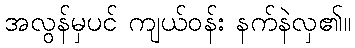
အလွန်မှပင် ကျယ်ဝန်း နက်နဲလှ၏။